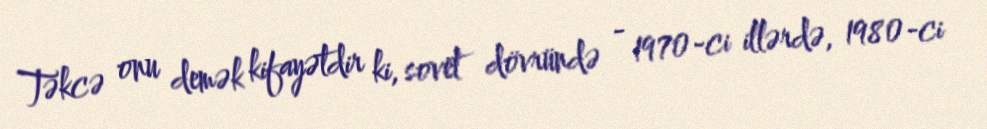
Təkcə onu demək kifayətdir ki, sovet dövründə - 1970-ci illərdə, 1980-ci